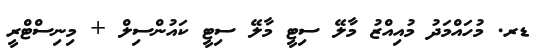
ޑރ. މުހައްމަދު މުއިއްޒު މާލޭ ސިޓީ މާލޭ ސިޓީ ކައުންސިލް + މިނިސްޓްރީ